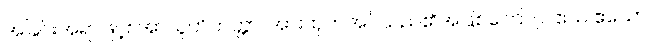
အခြင်းအရာဖြင့်။ အာယူဟိတတ္တာ၊ အားထုတ်အပ်သည်၏အဖြစ်ကြောင့်။ ဧသ ဧသော၊